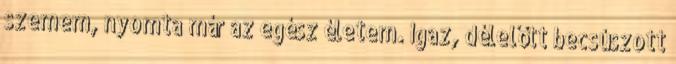
szemem, nyomta már az egész életem. Igaz, délelőtt becsúszott